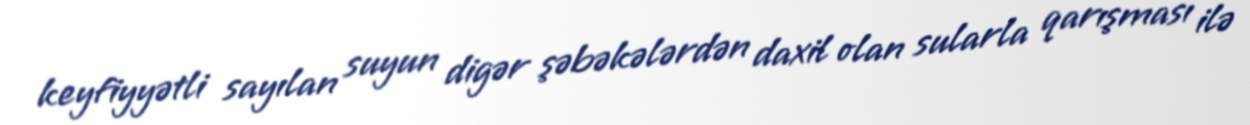
keyfiyyətli sayılan suyun digər şəbəkələrdən daxil olan sularla qarışması ilə